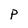
Character: P